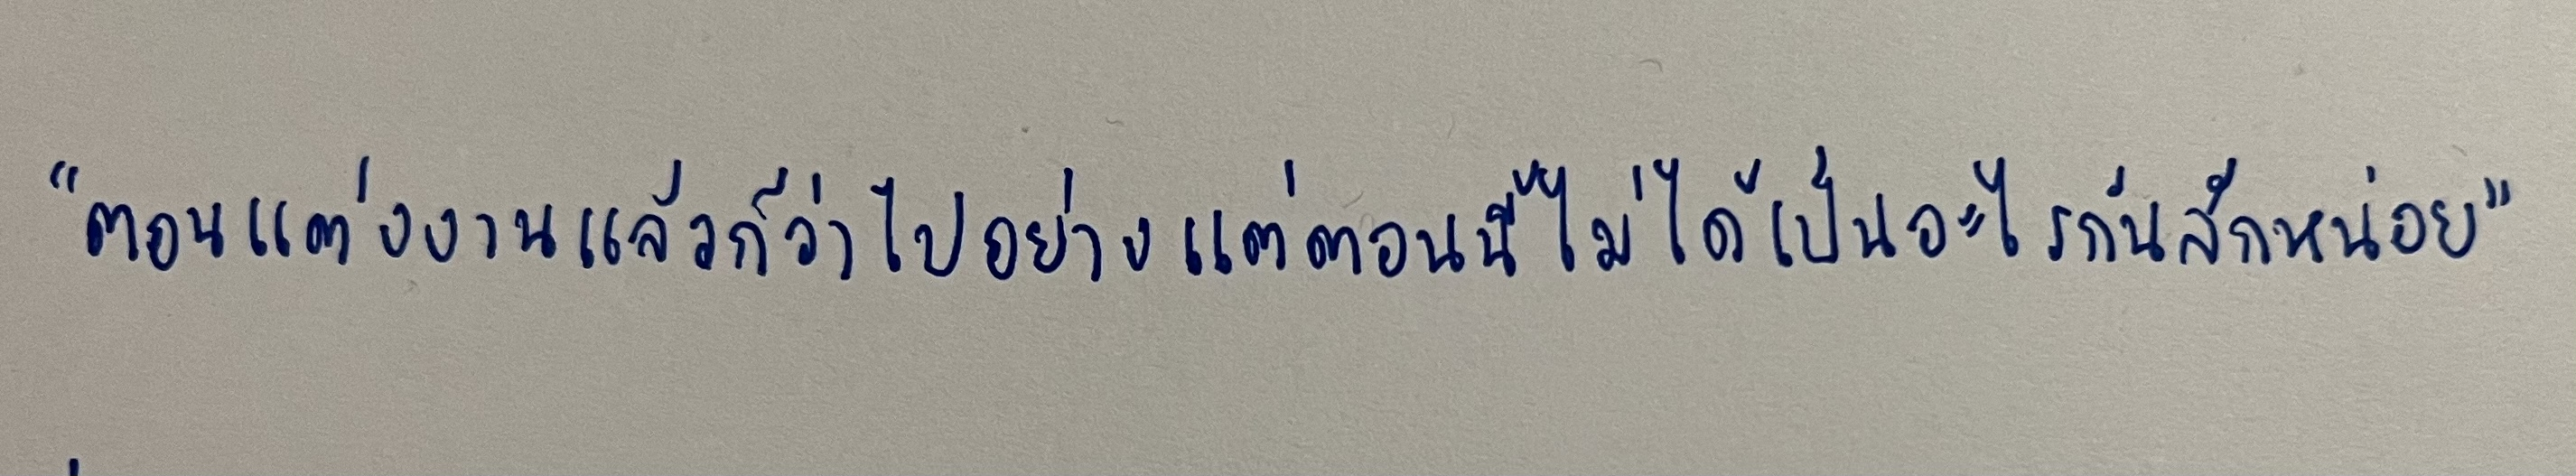
"ตอนแต่งงานแล้วก็ว่าไปอย่างแต่ตอนนี้ไม่ได้เป็นอะไรกันสักหน่อย"